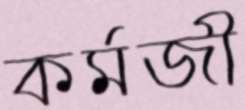
কর্মজী